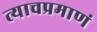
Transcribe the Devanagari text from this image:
त्याचप्रमाणं